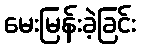
မေးမြန်းခဲ့ခြင်း